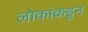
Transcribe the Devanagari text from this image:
लोकांकडुन